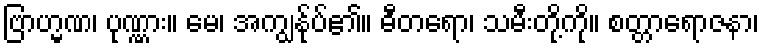
ဗြာဟ္မဏ၊ ပုဏ္ဏား။ မေ၊ အကျွန်ုပ်၏။ ဓီတရော၊ သမီးတို့ကို။ စတ္တာရောဇနာ၊